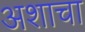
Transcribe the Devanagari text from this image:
अशाचा